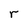
Character: r